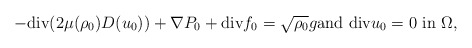
\begin{align*}-{\rm div}(2\mu(\rho_0)D(u_0))+\nabla P_0+{\rm div}f_0=\sqrt{\rho_0}g {\rm and} \ {\rm div}u_0=0 \ {\rm in} \ \Omega,\end{align*}